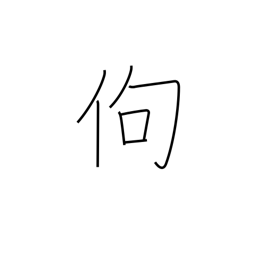
Meaning: stooped over